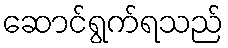
ဆောင်ရွက်ရသည်